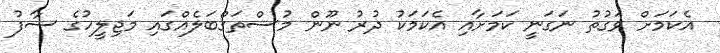
އެކަމަށް ވަގުތު ނަގަނީ ކަމަށާއި އެކަމަކު ދުރު ނޫން މުސްތަގްބަލެއްގައި މަޖިލީހުގެ ސާފު